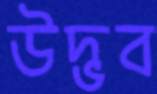
উদ্ভব